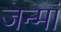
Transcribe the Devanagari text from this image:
जन्मां